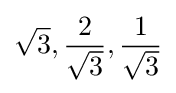
{\sqrt {3}},{\frac {2}{\sqrt {3}}},{\frac {1}{\sqrt {3}}}